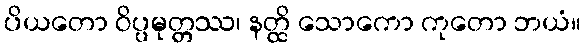
ပိယတော ဝိပ္ပမုတ္တဿ၊ နတ္ထိ သောကော ကုတော ဘယံ။